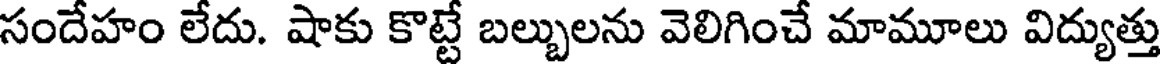
సందేహం లేదు. షాకు కొట్టే బల్బులను వెలిగించే మామూలు విద్యుత్తు